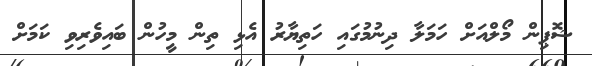
ޝޮޕިން މޯލްއަށް ހަމަލާ ދިނުމުގައި ހަތިޔާރު އެޅި ތިން މީހުން ބައިވެރިވި ކަމަށް